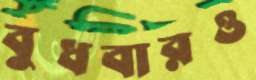
বুধবারও